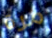
مرة